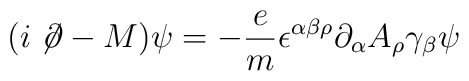
(i\not \! \partial - M ) \psi= -\frac{e}{m} \epsilon^{\alpha\beta \rho}\partial_\alpha A_\rho \gamma_\beta \psi